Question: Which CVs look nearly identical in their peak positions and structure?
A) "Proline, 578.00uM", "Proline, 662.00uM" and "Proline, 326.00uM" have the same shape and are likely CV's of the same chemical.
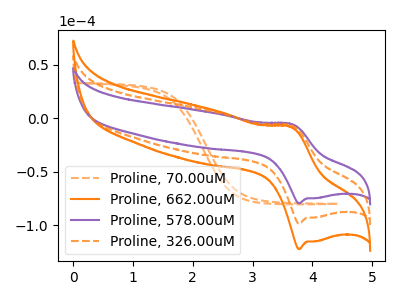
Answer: <think>The orange dashed curve "Proline, 70.00uM" has no peaks. The orange curve "Proline, 662.00uM" has an anodic peak at (3.65V, -12.85uA) and a cathodic peak at (3.80V, -196.85uA). The purple curve "Proline, 578.00uM" has an anodic peak at (3.65V, -5.20uA) and a cathodic peak at (3.80V, -79.35uA). The orange dashed curve "Proline, 326.00uM" has an anodic peak at (3.65V, -6.45uA) and a cathodic peak at (3.80V, -98.40uA).
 "Proline, 70.00uM" and "Proline, 662.00uM" have a different number of peaks. "Proline, 70.00uM" and "Proline, 578.00uM" have a different number of peaks. "Proline, 70.00uM" and "Proline, 326.00uM" have a different number of peaks. All the peaks in "Proline, 662.00uM" have a peak in "Proline, 578.00uM" at the same potential. All the peaks in "Proline, 662.00uM" have a peak in "Proline, 326.00uM" at the same potential. All the peaks in "Proline, 578.00uM" have a peak in "Proline, 326.00uM" at the same potential.</think>
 <answer>A) "Proline, 578.00uM", "Proline, 662.00uM" and "Proline, 326.00uM" have the same shape and are likely CV's of the same chemical.</answer>
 <eval>A</eval>